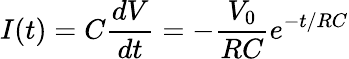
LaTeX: I(t)=C\frac{dV}{dt}=-\frac{V_{0}}{RC}e^{-t/RC}